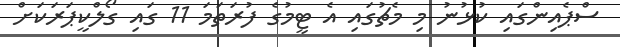
ސްޕެއިންގައި ކުޅުނު މި މެޗުގައި އެ ޓީމުގެ ފުރަތަމަ 11 ގައި ގޯލްކީޕަރަކަށް